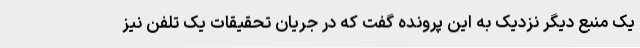
یک منبع دیگر نزدیک به این پرونده گفت که در جریان تحقیقات یک تلفن نیز